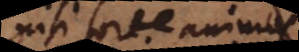
nisi forte animus